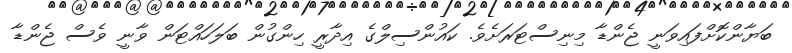
ބަޔާންކޮށްފައިވަނީ ޖެންޑާ މިނިސްޓަރަށެވެ. ކައުންސިލްގެ އިދާރީ ހިންގުން ބަލަހައްޓަން ވާނީ ވެސް ޖެންޑާ